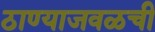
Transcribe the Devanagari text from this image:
ठाण्याजवळची